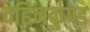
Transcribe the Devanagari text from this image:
वहिनकुण्ड